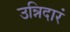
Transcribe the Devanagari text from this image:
उन्निदारं